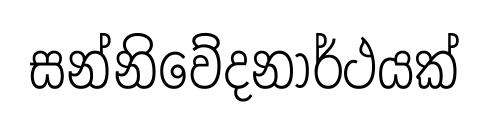
සන්නිවේදනාර්ථයක්